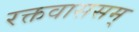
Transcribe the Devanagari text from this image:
रक्तवाससम्